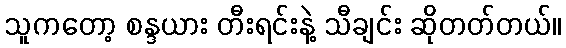
သူကတော့ စန္ဒယား တီးရင်းနဲ့ သီချင်း ဆိုတတ်တယ်။